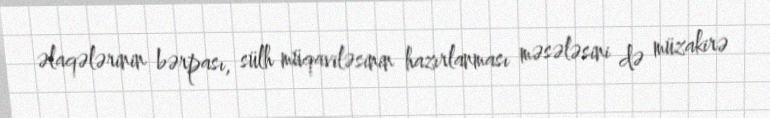
əlaqələrinin bərpası, sülh müqaviləsinin hazırlanması məsələsini də müzakirə